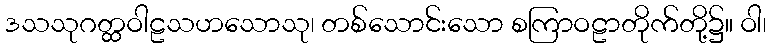
ဒသသုဂတ္ထဝါဠသဟသောသု၊ တစ်သောင်းသော စကြာဝဠာတိုက်တို့၌။ ဝါ၊